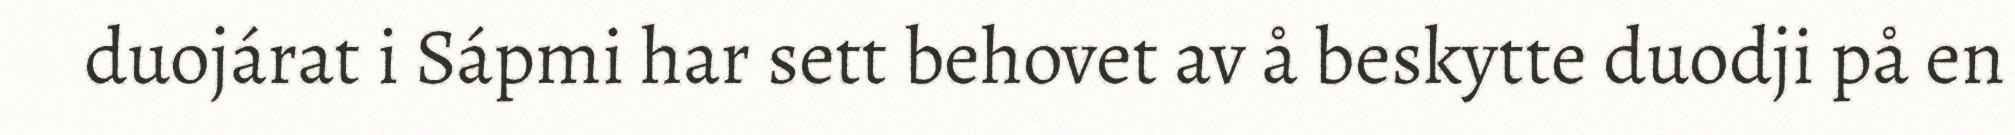
duojárat i Sápmi har sett behovet av å beskytte duodji på en